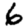
Digit: 6